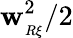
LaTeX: \mathbf{w}_{_{R\xi}}^{2}/2